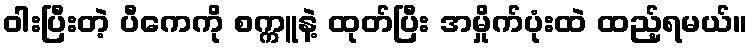
ဝါးပြီးတဲ့ ပီကေကို စက္ကူနဲ့ ထုတ်ပြီး အမှိုက်ပုံးထဲ ထည့်ရမယ်။